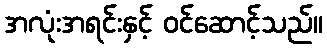
အလုံးအရင်းနှင့် ဝင်ဆောင့်သည်။